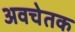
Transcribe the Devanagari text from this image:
अवचेतक